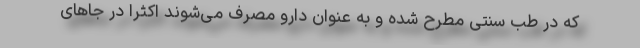
که در طب سنتی مطرح شده و به عنوان دارو مصرف می‌شوند اکثراً در جاهای